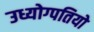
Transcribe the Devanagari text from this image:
उध्योग्पतियो